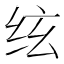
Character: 𰬈